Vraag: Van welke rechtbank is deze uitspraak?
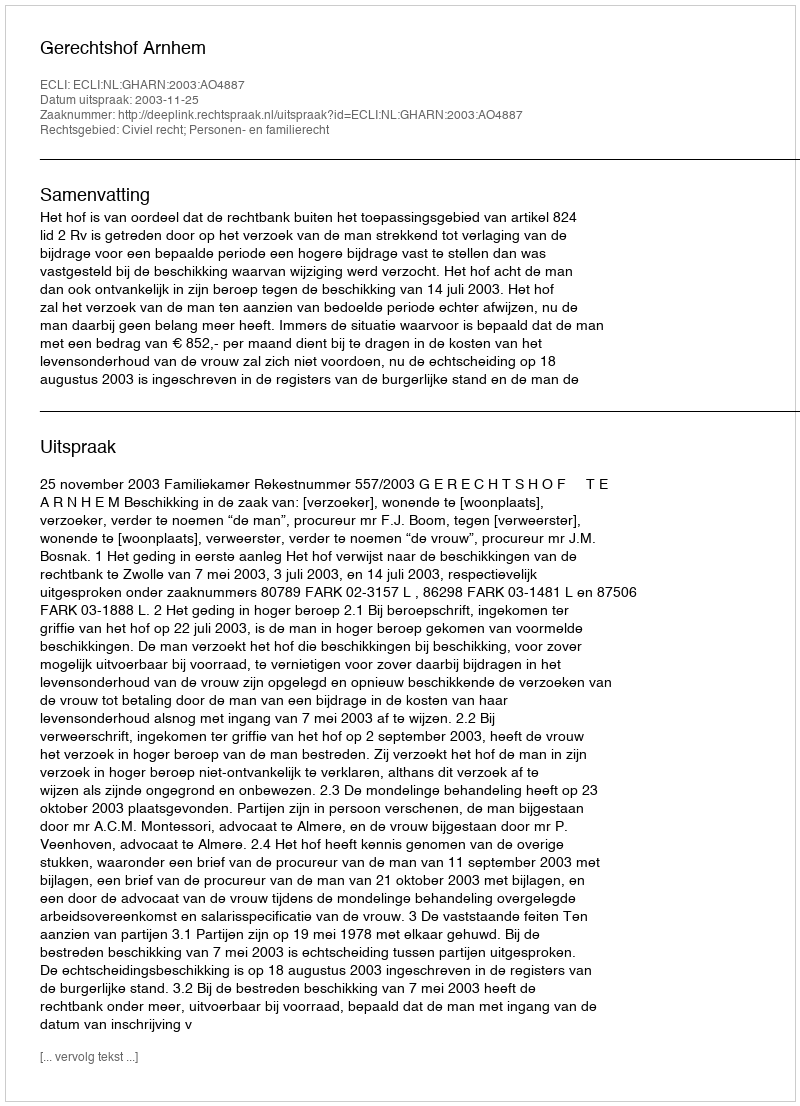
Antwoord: Gerechtshof Arnhem